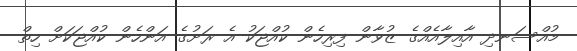
މުއްސަނދި އާއިލާއެއްގެ ޒުވާން ފިރިހެން ކުއްޖަކު އެ ރަށުގެ އަންހެން ކުއްޖަކަށް ހިތް